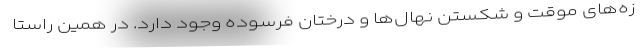
زه‌های موقت و شکستن نهال‌ها و درختان فرسوده وجود دارد. در همین راستا